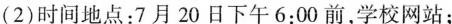
(2)时间地点：7月20日下午6:00前，学校网站；